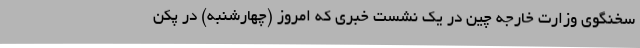
سخنگوی وزارت خارجه چین در یک نشست خبری که امروز (چهارشنبه) در پکن